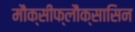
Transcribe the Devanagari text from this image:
मौक्सीफ्लौक्सासिन